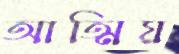
আত্মিয়